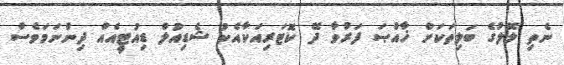
ނެތި ލޮލުގެ ބަލިތަކަށް ޚާއްޞަ ފަރުވާ ދޭ ކޮޓަރިއަކާއެކު ޝެޑިއުލް ޑިއުޓީއެއް ދިންނަމަވެސް